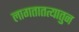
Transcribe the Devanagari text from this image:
लागतातत्यातुन